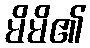
မိမိ၏